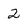
Character: 2